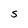
Character: S